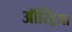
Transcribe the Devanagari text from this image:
ऑस्‍ट्रिया